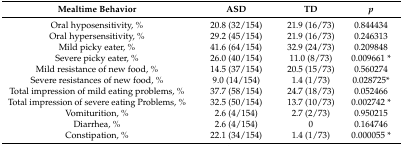
<table><thead><tr><td><b>Mealtime Behavior</b></td><td><b>ASD</b></td><td><b>TD</b></td><td><b><i>p</i></b></td></tr></thead><tbody><tr><td>Oral hyposensitivity, %</td><td>20.8 (32/154)</td><td>21.9 (16/73)</td><td>0.844434</td></tr><tr><td>Oral hypersensitivity, %</td><td>29.2 (45/154)</td><td>21.9 (16/73)</td><td>0.246313</td></tr><tr><td>Mild picky eater, %</td><td>41.6 (64/154)</td><td>32.9 (24/73)</td><td>0.209848</td></tr><tr><td>Severe picky eater, %</td><td>26.0 (40/154)</td><td>11.0 (8/73)</td><td>0.009661 *</td></tr><tr><td>Mild resistance of new food, %</td><td>14.5 (37/154)</td><td>20.5 (15/73)</td><td>0.560274</td></tr><tr><td>Severe resistances of new food, %</td><td>9.0 (14/154)</td><td>1.4 (1/73)</td><td>0.028725*</td></tr><tr><td>Total impression of mild eating problems, %</td><td>37.7 (58/154)</td><td>24.7 (18/73)</td><td>0.052466</td></tr><tr><td>Total impression of severe eating Problems, %</td><td>32.5 (50/154)</td><td>13.7 (10/73)</td><td>0.002742 *</td></tr><tr><td>Vomiturition, %</td><td>2.6 (4/154)</td><td>2.7 (2/73)</td><td>0.950215</td></tr><tr><td>Diarrhea, %</td><td>2.6 (4/154)</td><td>0</td><td>0.164746</td></tr><tr><td>Constipation, %</td><td>22.1 (34/154)</td><td>1.4 (1/73)</td><td>0.000055 *</td></tr></tbody></table>